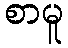
စာမူ